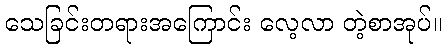
သေခြင်းတရားအကြောင်း လေ့လာ တဲ့စာအုပ်။